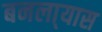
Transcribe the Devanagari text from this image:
बनला्यास